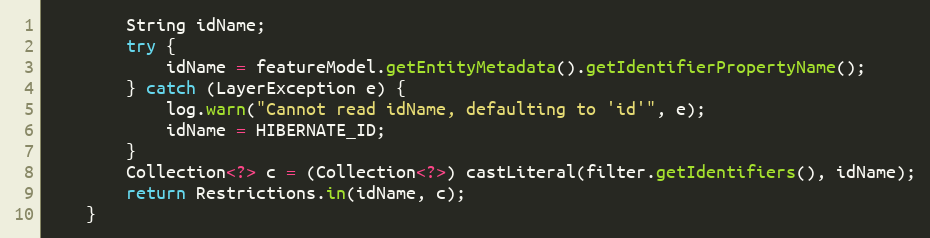
Language: Java
		String idName;
		try {
			idName = featureModel.getEntityMetadata().getIdentifierPropertyName();
		} catch (LayerException e) {
			log.warn("Cannot read idName, defaulting to 'id'", e);
			idName = HIBERNATE_ID;
		}
		Collection<?> c = (Collection<?>) castLiteral(filter.getIdentifiers(), idName);
		return Restrictions.in(idName, c);
	}